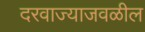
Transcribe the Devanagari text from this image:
दरवाज्याजवळील